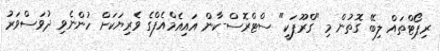
ރިޕޯޓްތައް ލިބޭ ގޮތުން މި "ގްރޫޕަކީ" ސްޓްރޮސް-ކާން އައިއެމްއެފްގެ ވެރިޔަކަށް ހުންނެވި ދުވަސްވަރު